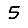
Digit: 5